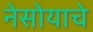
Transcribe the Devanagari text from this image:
नेसोयाचे